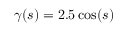
\gamma ( s ) = 2 . 5 \cos ( s )